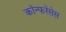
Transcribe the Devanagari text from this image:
कॉन्फरेंसेस